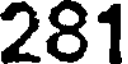
281